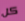
كل